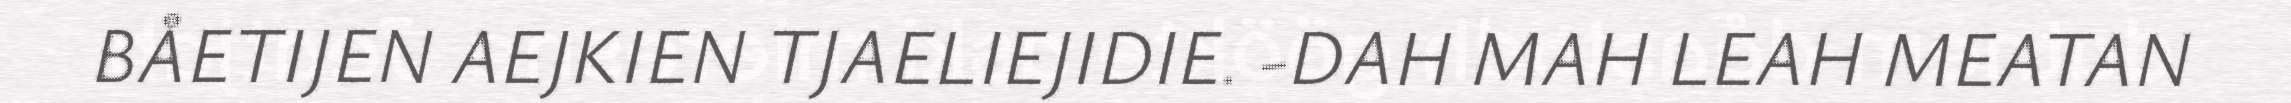
BÅETIJEN AEJKIEN TJAELIEJIDIE. -DAH MAH LEAH MEATAN